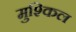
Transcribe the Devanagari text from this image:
मुश्‍किल